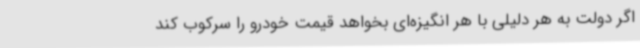
اگر دولت به هر دلیلی با هر انگیزه‌ای بخواهد قیمت خودرو را سرکوب کند